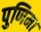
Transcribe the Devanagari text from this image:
पुणिमा